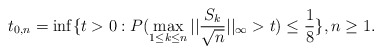
\begin{align*}t_{0,n}=\inf\{t>0: P(\max_{1 \le k \le n}||\frac{S_k}{\sqrt n}||_{\infty}>t) \le \frac{1}{8}\}, n \ge 1. \end{align*}